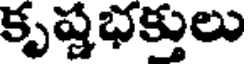
కృష్ణభక్తులు